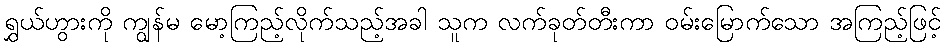
ရွှယ်ဟွားကို ကျွန်မ မော့ကြည့်လိုက်သည့်အခါ သူက လက်ခုတ်တီးကာ ဝမ်းမြောက်သော အကြည့်ဖြင့်